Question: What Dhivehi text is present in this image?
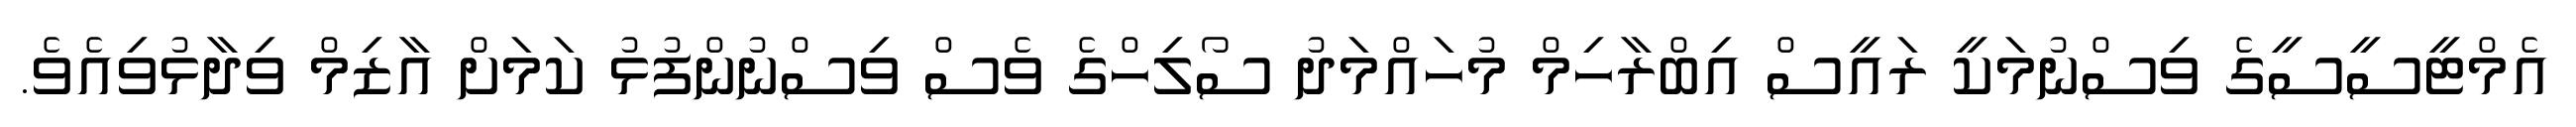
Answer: އެމްޓީސީސީގެ ވިސްނުމަކީ ރައީސް އިބްރާހިމް މުހައްމަދު ސޯލިހްގެ ވެސް ވިސްނުންފުޅު ކަމަށް އާޒިމް ވިދާޅުވިއެވެ.